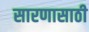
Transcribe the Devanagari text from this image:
सारणासाठी